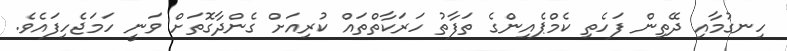
ހިނގުމާއި ދޭތިން ފަހެތި ކެމްޕެއިންގެ ތަފާތު ހަރަކާތްތައް ކުރިއަށް ގެންދާގޮތަށް ވަނީ ހަމަޖެހިފައެވެ.